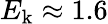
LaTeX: E_{\mathrm{k}}\approx 1.6